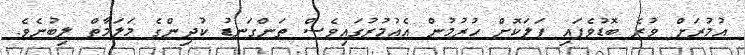
އުމުރަށް ވުރެ ބޮޑުވެފައި ފަލަކޮށް ހުރުމުން އެއުމުރުގައިވެސް ތަންގަނޑު ކުދިންގެ މަލަމާތް ލިބުނެވެ.